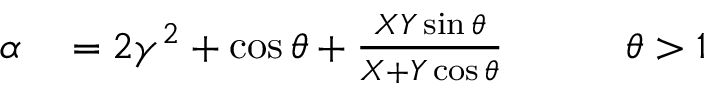
\begin{array} { r l r } { \alpha } & { { } = 2 \gamma ^ { 2 } + \cos \theta + \frac { X Y \sin \theta } { X + Y \cos \theta } \qquad } & { \theta > 1 } \end{array}